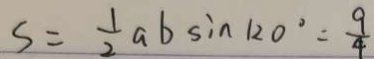
S = \frac { 1 } { 2 } a b \sin 1 2 0 ^ { \circ } = \frac { 9 } { 4 }